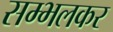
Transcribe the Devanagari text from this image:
सम्भलकर